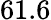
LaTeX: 61.6